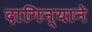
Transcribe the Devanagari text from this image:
दागिन्याने